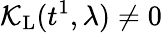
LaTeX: \mathcal{K}_{\mathrm{L}}(t^{1},\lambda)\neq 0